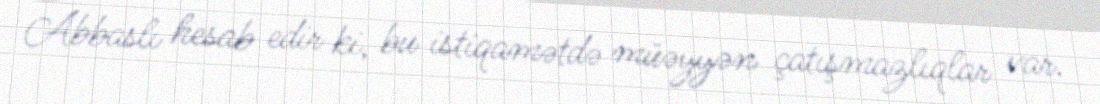
Abbaslı hesab edir ki, bu istiqamətdə müəyyən çatışmazlıqlar var.